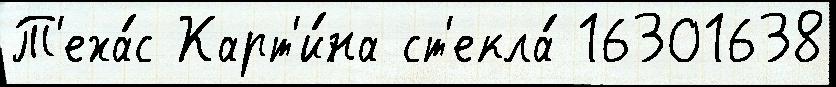
Т'еха́с Карт'и́на ст'екла́ 16301638